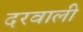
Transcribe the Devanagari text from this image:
दरवाली